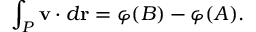
\int _ { P } \mathbf { v } \cdot d { \mathbf { r } } = \varphi ( B ) - \varphi ( A ) .